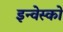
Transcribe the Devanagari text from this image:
इन्वेस्को